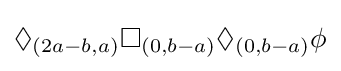
\Diamond _{(2a-b,a)}\Box _{(0,b-a)}\Diamond _{(0,b-a)}\phi